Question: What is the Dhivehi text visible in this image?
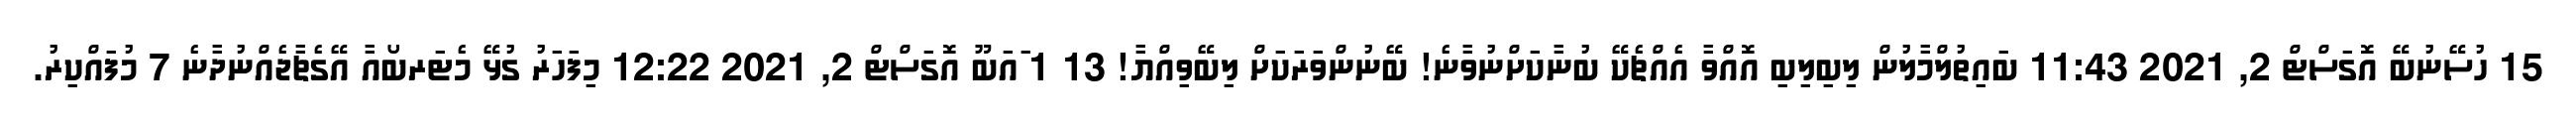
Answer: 15 ހުސޭނުބޭ އޮގަސްޓް 2, 2021 11:43 ބައިތުލްމާލުން ލިބިލިބި އޮއްވާ އެއްޗެކޭ ބުނާކަށްނުވާނެ! ބޭނުންވަރަކަށް ލިބޭވިއްޔާ! 13 1 ައަބޫ އޮގަސްޓް 2, 2021 12:22 މިފަހަރު ގުޅޭ މެޓަރބޯއާ އޭގެޗާޖެއްނުދާނެ 7 މުފައްކިރު.